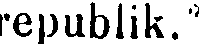
republik."